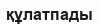
құлатпады